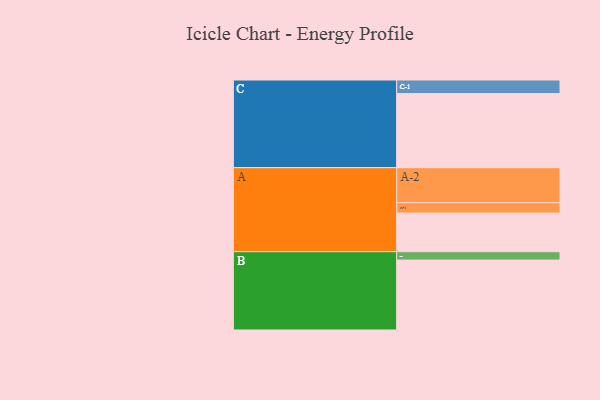
{"axis": {"x": "Segment", "y": "Value"}, "legend": ["", "A", "B", "C"], "data": [{"x": "A", "y": 307, "type": ""}, {"x": "B", "y": 555, "type": ""}, {"x": "C", "y": 588, "type": ""}, {"x": "A-1", "y": 82, "type": "A"}, {"x": "A-2", "y": 278, "type": "A"}, {"x": "B-1", "y": 67, "type": "B"}, {"x": "C-1", "y": 108, "type": "C"}]}